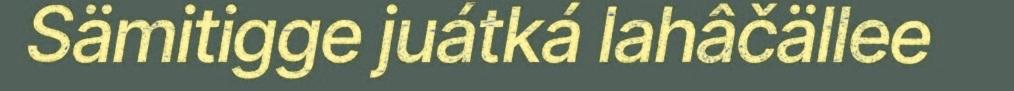
Sämitigge juátká lahâčällee